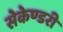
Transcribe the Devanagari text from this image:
सेकेण्‍डरी